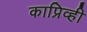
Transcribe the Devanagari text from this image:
काप्रिव्ही